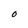
Character: 0